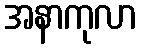
အနာကုလာ